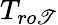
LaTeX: T_{ro\mathscr{T}}